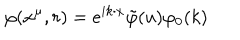
LaTeX: \varphi ( x ^ { \mu } , r ) = e ^ { i k \cdot x } \tilde { \varphi } ( u ) \varphi _ { 0 } ( k )